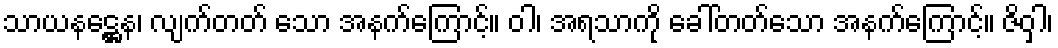
သာယနဋ္ဌေန၊ လျက်တတ် သော အနက်ကြောင့်။ ဝါ၊ အရသာကို ခေါ်တတ်သော အနက်ကြောင့်။ ဇိဝှါ၊